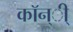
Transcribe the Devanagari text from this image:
कॉन्ी्